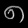
Digit: ၈